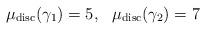
LaTeX: \begin{align*} \mu_{\mathrm{disc}}(\gamma_{1})=5,\,\,\,\, \mu_{\mathrm{disc}}(\gamma_{2})=7\end{align*}